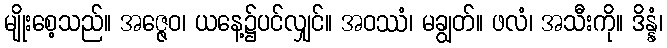
မျိုးစေ့သည်။ အဇ္ဇေဝ၊ ယနေ့၌ပင်လျှင်။ အဝဿံ၊ မချွတ်။ ဖလံ၊ အသီးကို။ ဒိန္နံ၊